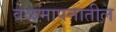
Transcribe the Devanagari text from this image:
वेळमापनातील